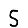
Digit: 5